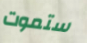
ستموت